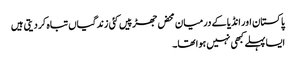
پاکستان اور انڈیا کے درمیان محض جھڑپیں کئی زندگیاں تباہ کر دیتی ہیں
ایسا پہلے کبھی نہیں ہوا تھا۔